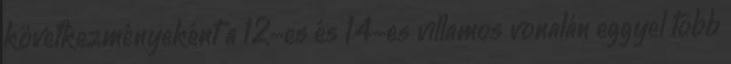
következményeként a 12-es és 14-es villamos vonalán eggyel több